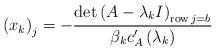
LaTeX: \begin{align*}\left( x_{k}\right) _{j}=-\frac{\det\left( A-\lambda_{k}I\right)_{\operatorname{row}j=b}}{\beta_{k}c_{A}^{\prime}\left( \lambda_{k}\right) }\end{align*}